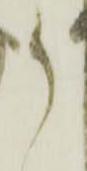
御